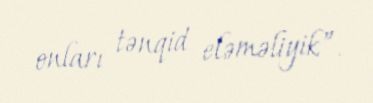
onları tənqid eləməliyik”.